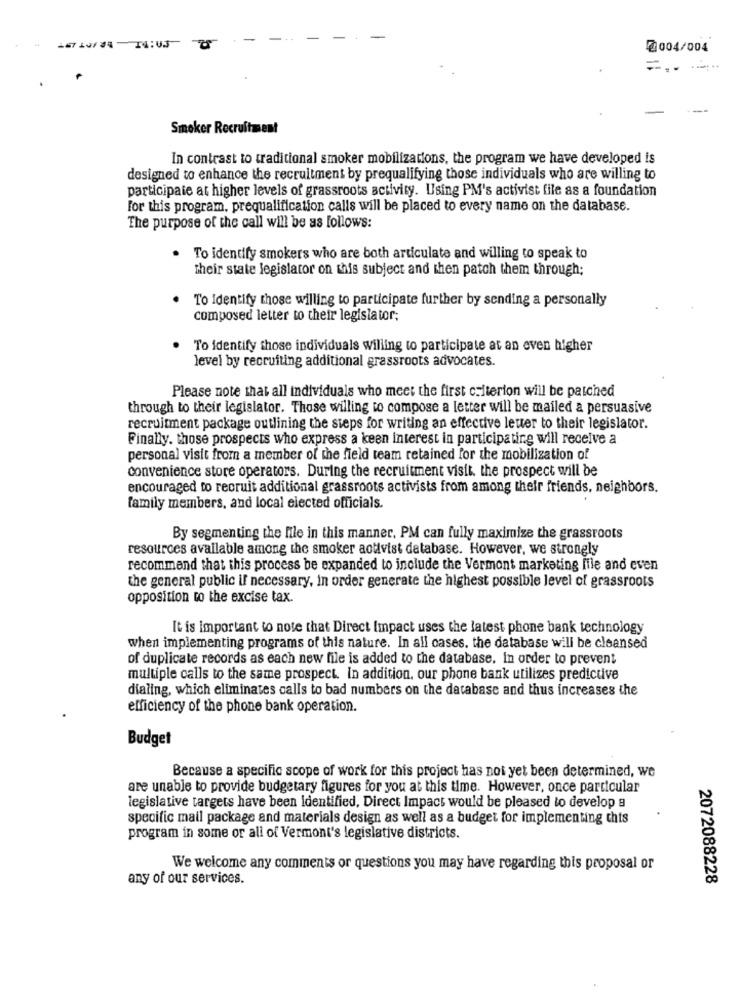
2004/004
Smoker Recruitment
In contrast to traditional smoker mobilizations, the program we have developed is
designed to enhance the recruitment by prequalifying those individuals who are willing to
participate at higher levels of grassroots activity. Using PM's activist file as a foundation
For this program, prequalification calls will be placed to every name on the database.
The purpose of the call will be as follows:
To identify smokers who are both articulate and willing to speak to
their state legislator on this subject and then patch them through;
To Identify those willing to participate further by sending a personally
composed letter to their legislator;
To identify those individuals willing to participate at an even higher
level by recruiting additional grassroots advocates.
Please note that all individuals who meet the first criterion will be patched
through to their legislator. Those willing to compose a letter will be mailed a persuasive
recruitment package outlining the steps for writing an effective letter to their legislator.
Finally. those prospects who express a keen interest in participating will receive a
personal visit from a member of the field team retained for the mobilization of
convenience store operators. During the recruitment visit. the prospect will be
encouraged to recruit additional grassroots activists from among their friends, neighbors.
family members, and local elected officials.
By segmenting the file in this manner. PM can fully maximize the grassroots
resources available among the smoker activist database. However, we strongly
recommend that this process be expanded to include the Vermont marketing file and even
the general public if necessary, in order generate the highest possible level of grassroots
opposition to the excise tax.
It is important to note that Direct Impact uses the latest phone bank technology
when implementing programs of this nature. In all cases. the database will be cleansed
of duplicate records as each new file is added to the database. In order to prevent
multiple calls to the same prospect. in addition, our phone bank utilizes predictive
dialing, which eliminates calls to bad numbers on the database and thus increases the
efficiency of the phone bank operation.
Budget
Because a specific scope of work for this project has not yet been determined, We
are unable to provide budgetary figures for you at this time. However, once particular
legislative targets have been Identified, Direct Impact would be pleased to develop a
specific mail package and materials design as well as a budget for implementing this
program in some or all of Vermont's legislative districts.
We welcome any comments or questions you may have regarding this proposal or
any of our services.
2072088228